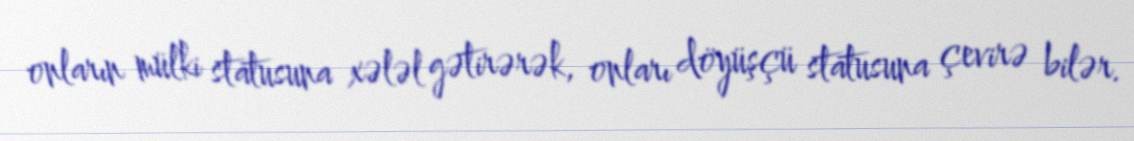
onların mülki statusuna xələl gətirərək, onları döyüşçü statusuna çevirə bilər.